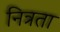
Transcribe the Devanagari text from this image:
नित्रता